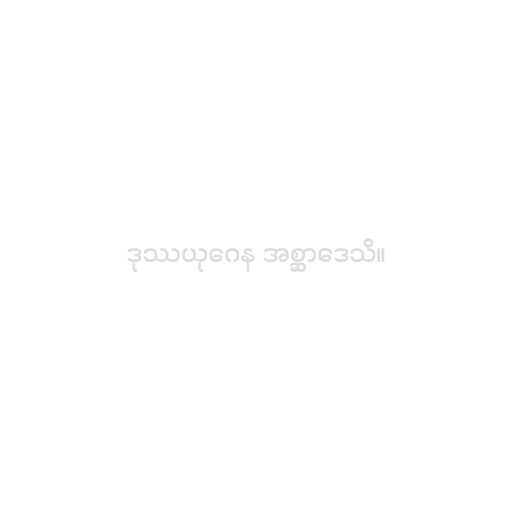
ဒုဿယုဂေန အစ္ဆာဒေသိ။